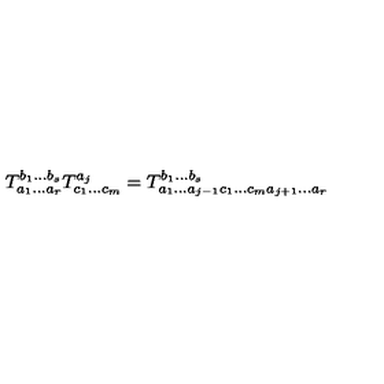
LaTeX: T _ { a _ { 1 } \ldots a _ { r } } ^ { b _ { 1 } \ldots b _ { s } } T _ { c _ { 1 } \ldots c _ { m } } ^ { a _ { j } } = T _ { a _ { 1 } \ldots a _ { j - 1 } c _ { 1 } \ldots c _ { m } a _ { j + 1 } \ldots a _ { r } } ^ { b _ { 1 } \ldots b _ { s } }